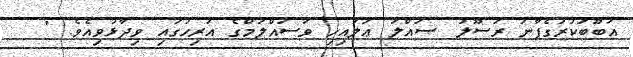
އަބޫބަކުރުގެފާނު ރަސޫލު ޞައްލަ ޢަލައިހި ވަސައްލަމްގެ އަރިހުގައި ވިދާޅުވިއެވެ. "